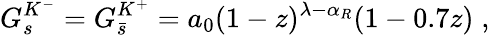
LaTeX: G_{s}^{K^{-}}=G_{\bar{s}}^{K^{+}}=a_{0}(1-z)^{\lambda-\alpha_{R}}(1-0.7z)\; ,